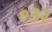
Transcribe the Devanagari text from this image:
०३२